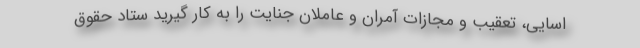
اسایی، تعقیب و مجازات آمران و عاملان جنایت را به کار گیرید ستاد حقوق